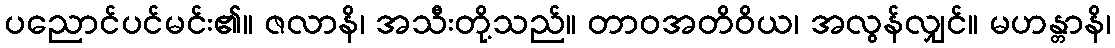
ပညောင်ပင်မင်း၏။ ဇလာနိ၊ အသီးတို့သည်။ တာဝအတိဝိယ၊ အလွန်လျှင်။ မဟန္တာနိ၊